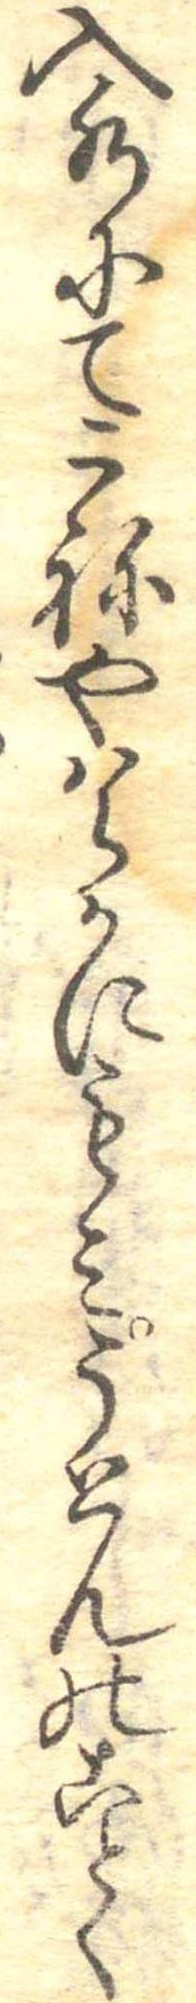
入水にてこねやはらかにもみうとんのことく